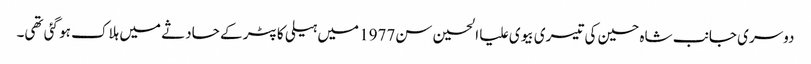
دوسری جانب شاہ حسین کی تیسری بیوی علیا الحسین سن1977 میں ہیلی کاپٹر کے حادثے میں ہلاک ہو گئی تھی۔